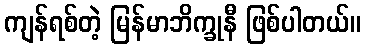
ကျန်ရစ်တဲ့ မြန်မာဘိက္ခုနီ ဖြစ်ပါတယ်။